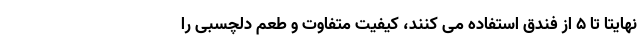
نهایتا تا ۵ از فندق استفاده می کنند، کیفیت متفاوت و طعم دلچسبی را